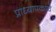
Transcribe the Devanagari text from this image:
प्राध्यापकांचे